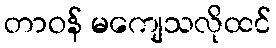
တာဝန် မကျေသလိုထင်